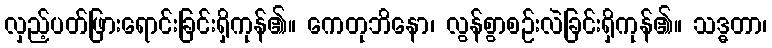
လှည့်ပတ်ဖြားရောင်းခြင်းရှိကုန်၏။ ကေတုဘိနော၊ လွန်စွာစဉ်းလဲခြင်းရှိကုန်၏။ သဒ္ဓတာ၊